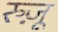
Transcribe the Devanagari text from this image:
रुज़ू